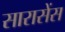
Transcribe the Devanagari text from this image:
सारासेंस